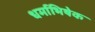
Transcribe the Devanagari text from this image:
धर्माभिषेक